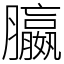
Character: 䑉